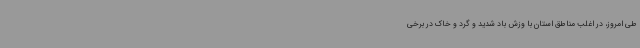
طی امروز، در اغلب مناطق استان با وزش باد شدید و گرد و خاک در برخی